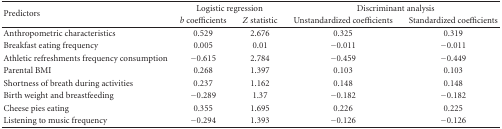
<table><thead><tr><td rowspan="2"><b>Predictors</b></td><td colspan="2"><b>Logistic regression</b></td><td colspan="2"><b>Discriminant analysis</b></td></tr><tr><td><b><i>b</i> coefficients</b></td><td><b><i>Z</i> statistic</b></td><td><b>Unstandardized coefficients</b></td><td><b>Standardized coefficients</b></td></tr></thead><tbody><tr><td>Anthropometric characteristics</td><td> 0.529</td><td>2.676</td><td> 0.325</td><td>0.319</td></tr><tr><td>Breakfast eating frequency</td><td>0.005</td><td>0.01</td><td>−0.011</td><td>−0.011</td></tr><tr><td>Athletic refreshments frequency consumption</td><td>−0.615</td><td>2.784</td><td>−0.459</td><td>−0.449</td></tr><tr><td>Parental BMI</td><td>0.268</td><td>1.397</td><td>0.103</td><td>0.103</td></tr><tr><td> Shortness of breathduring activities</td><td>0.237</td><td> 1.162</td><td>0.148</td><td> 0.148</td></tr><tr><td>Birth weight and breastfeeding</td><td> −0.289</td><td>1.37</td><td> −0.182</td><td>−0.182</td></tr><tr><td> Cheese pies eating</td><td>0.355</td><td> 1.695</td><td>0.226</td><td> 0.225</td></tr><tr><td>Listening to musicfrequency</td><td>−0.294</td><td>1.393</td><td>−0.126</td><td>−0.126</td></tr></tbody></table>